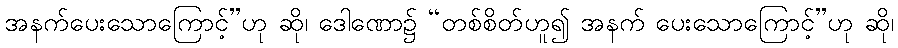
အနက်ပေးသောကြောင့်”ဟု ဆို၊ ဒေါဏော၌ “တစ်စိတ်ဟူ၍ အနက် ပေးသောကြောင့်”ဟု ဆို၊